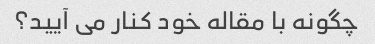
چگونه با مقاله خود کنار می آیید؟